Report on horse surra - Volume II, Part II
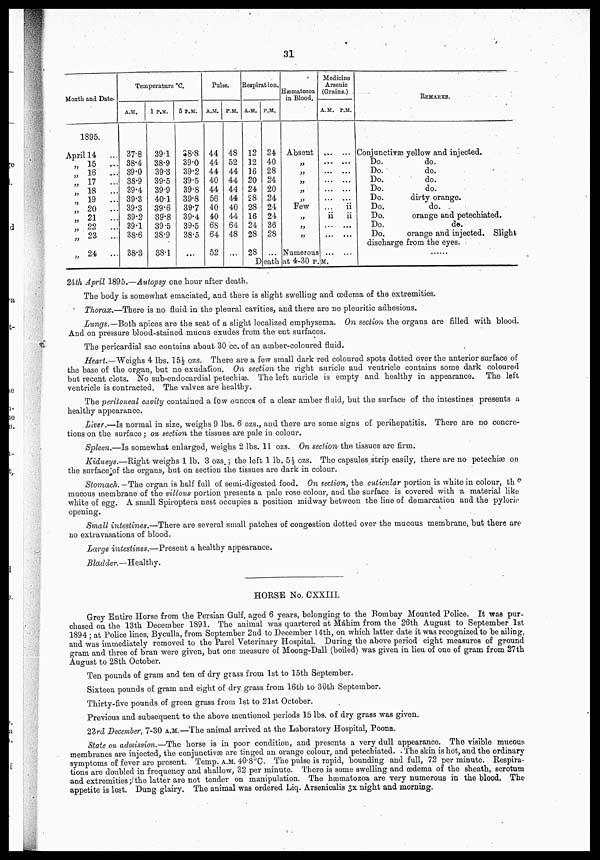
31
Month and Date.
1895.
April 14
„ 15
...
„ 16
...
„ 17
...
„ 18
...
„ 19
...
„ 20
...
„ 21
...
„ 22
...
„ 23
...
„ 24
...
Temperature °C.
A.M.
37.8
38.4
39.0
38.9
39.4
39.3
39.3
39.2
39.1
38.6
38.3
1 P.M.
39.1
38.9
39.3
39.5
39.9
40.1
39.6
39.8
39.5
38.9
38.1
5 P.M.
38.8
39.0
39.2
39.5
39.8
39.8
39.7
39.4
39.5
38.5
...
Pulse.
A.M.
44
44
44
40
44
56
40
40
68
64
52
P.M.
48
52
44
44
44
44
40
44
64
48
...
Respiration.
A.M.
12
12
16
20
24
28
28
16
24
28
28
P.M.
24
40
28
24
20
24
24
24
36
28
Death
Haematozoa
in Blood.
Absent
„
„
„
,„
„
Few
„
„
„
Numerous
at 4-30 P.M.
Medicine
Arsenic
(Grains.)
A.M.
...
...
...
...
...
ii
ii
...
...
P.M.
...
...
...
...
...
...
ii
...
...
REMARKS.
Conjunctivæ yellow and injected.
Do.
do.
Do.
do.
Do.
do.
Do.
do.
Do.
dirty orange.
Do.
do.
Do.
orange and petechiated.
Do.
do.
Do.
orange and injected. Slight
discharge from the eyes.
2th April 1895.—Autopsy one hour after death.
The body is somewhat emaciated, and there is slight swelling and oedema of the extremities.
Thorax.—There is no fluid in the pleural cavities, and there are no pleuritic adhesions.
Lungs.—Both apices are the seat of a slight localized emphysema. On section the organs are filled with blood.
And on pressure blood-stained mucus exudes from the cut surfaces.
The pericardial sac contains about 30 cc. of an amber-coloured fluid.
Heart.—Weighs 4 lbs. 151/2 ozs. There are a few small dark red coloured spots dotted over the anterior surface of
the base of the organ, but no exudation. On section the right auricle and ventricle contains some dark coloured
but recent clots. No sub-endocardial petechiae. The left auricle is empty and healthy in appearance. The left
ventricle is contracted. The valves are healthy.
The peritoneal cavity contained a few ounces of a clear amber fluid, but the surface of the intestines presents a
healthy appearance.
Liver.—Is normal in size, weighs 9 lbs. 6 ozs., and there are some signs of perihepatitis. There are no concre-
tions on the surface; on section the tissues are pale in colour.
Spleen.—Is somewhat enlarged, weighs 2 lbs. 11 ozs. On section- the tissues are firm.
Kidneys.—Right weighs 1 lb. 3 ozs.; the left 1 lb. 54 1/ 2 ozs. The capsules strip easily, there are no petechias on
the surface of the organs, but on section the tissues are dark in colour.
Stomach. —The organ is half full of semi-digested food. On section, the cuticular portion is white in colour, the
mucous membrane of the villous portion presents a pale rose colour, and the surface is covered with a material like
white of egg. A small Spiroptera nest occupies a position midway between the line of demarcation and the pyloric
opening.
Small intestines.—There are several small patches of congestion dotted over the mucous membrane, but there are
no extravasations of blood.
Large intestines.—Present a healthy appearance.
Bladder.—Healthy.
HORSE No. CXXIII.
Grey Entire Horse from the Persian Gulf, aged 6 years, belonging to the Bombay Mounted Police. It was pur-
chased on the 13th December 1891. The animal was quartered at Malum from the 26th August to September 1st
1894 ; at Police lines, Byculla, from September 2nd to December 14th, on which latter date it was recognized to be ailing,
and was immediately removed to the Parel Veterinary Hospital. During the above period eight measures of ground
gram and three of bran were given, but one measure of Moong-Dall (boiled) was given in lieu of one of gram from 27th
August to 28th October.
Ten pounds of gram and ten of dry grass from 1st to 15th September.
Sixteen pounds of gram and eight of dry grass from 16th to 30th September.
Thirty-five pounds of green grass from 1st to 21st October.
Previous and subsequent to the above mentioned periods 15 lbs. of dry grass was given.
23rd December, 7-30 A.M.—The animal arrived at the Laboratory Hospital, Poona.
State on admission.—The horse is in poor condition, and presents a very dull appearance. The visible mucous
membranes are injected, the conjunctivae are tinged an orange colour, and petechiated. The skin is hot, and the ordinary
symptoms of fever are present. Temp. A.M. 40-8°C. The pulse is rapid, bounding and full, 72 per minute. Respira-
tions are doubled in frequency and shallow, 32 per minute. There is some swelling and oedema of the sheath, scrotum
and extremities; the latter are not tender on manipulation. The haematozoa are very numerous in the blood. The
appetite is lost. Dung glairy. The animal was ordered Liq. Arsenicalis 3x night and morning.